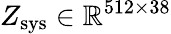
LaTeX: Z_{\mathrm{sys}}\in\mathbb{R}^{512\times 38}